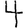
Digit: 4